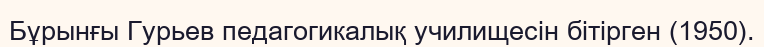
Бұрынғы Гурьев педагогикалық училищесін бітірген (1950).